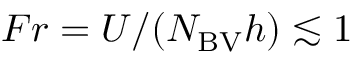
F r = U / ( N _ { \mathrm { { B V } } } h ) \lesssim 1